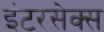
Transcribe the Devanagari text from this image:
इंटरसेक्स